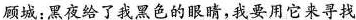
顾城：黑夜给了我黑色的眼睛，我要用它来寻找